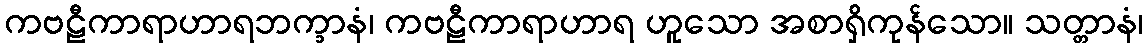
ကဗဠီကာရာဟာရဘက္ခာနံ၊ ကဗဠီကာရာဟာရ ဟူသော အစာရှိကုန်သော။ သတ္တာနံ၊